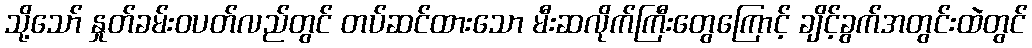
သို့သော် နှုတ်ခမ်းဝပတ်လည်တွင် တပ်ဆင်ထားသော မီးဆလိုက်ကြီးတွေကြောင့် ချိင့်ခွက်အတွင်းထဲတွင်